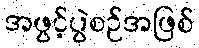
အဖွင့်ပွဲစဉ်အဖြစ်